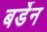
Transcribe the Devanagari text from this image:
बर्डेन